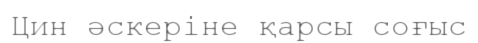
Цин әскеріне қарсы соғыс